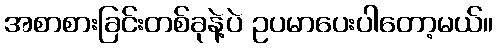
အစာစားခြင်းတစ်ခုနဲ့ပဲ ဥပမာပေးပါတော့မယ်။